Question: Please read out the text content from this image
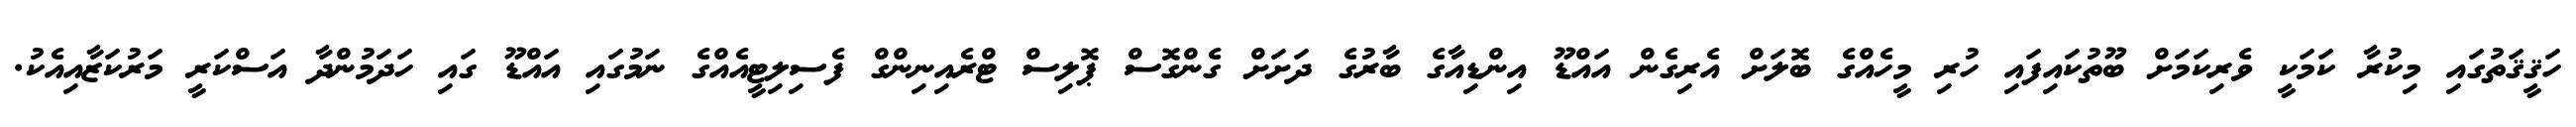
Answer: ހަޤީޤަތުގައި މިކުރާ ކަމަކީ ވެރިކަމަށް ބޫތުކައިފައި ހުރި މީހެއްގެ ބޮލަށް އެރިގެން އައްޑޫ އިންޑިއާގެ ބާރުގެ ދަށަށް ގެންގޮސް ޕޮލިސް ޓްރެއިނިންގް ފެސިލިޓީއެއްގެ ނަމުގައި އައްޑޫ ގައި ހަދަމުންދާ އަސްކަރީ މަރުކަޒާއިއެކު.